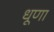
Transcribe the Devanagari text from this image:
धूणा